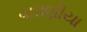
વાઘણીયા